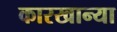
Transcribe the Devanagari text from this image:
कारखान्या